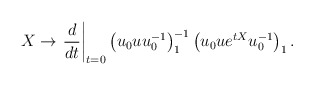
\begin{align*}X\to \left.\frac{d}{dt}\right|_{t=0}\left(u_0 uu_0^{-1}\right)_1^{-1}\left(u_0ue^{tX}u_0^{-1}\right)_1.\end{align*}